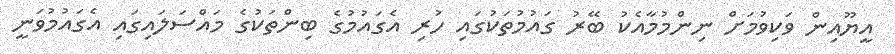
އީޔޫއިން ވަކިވުމަށް ނިންމުމާއެކު ބޭރު ގައުމުތަކުގައި ހުރި އެގައުމުގެ ބިންތަކުގެ މައްސަލައިގައި އެގައުމުވަނީ